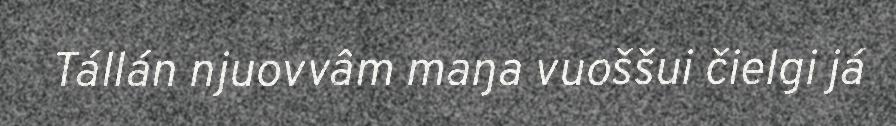
Tállán njuovvâm maŋa vuoššui čielgi já